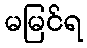
မမြင်ရ